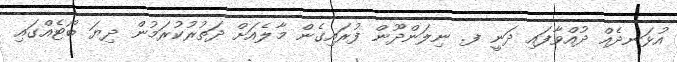
އުޅަނދެއް ދުއްވާފައި ދަނީ ފ. ނިލަންދޫން ފުރައިގެން މާލެއަށް ދަތުރުކުރަމުން ދިޔަ ބޯޓެއްގައި